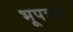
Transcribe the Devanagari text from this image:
भूपत्रक